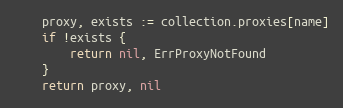
Language: Go
	proxy, exists := collection.proxies[name]
	if !exists {
		return nil, ErrProxyNotFound
	}
	return proxy, nil